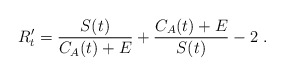
\begin{align*}R'_t = \frac{S(t)}{C_A(t)+E} +\frac{C_A(t)+E}{S(t)} - 2\ .\end{align*}